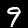
Digit: 9